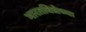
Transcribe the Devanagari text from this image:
भारतविद्येच्या